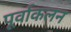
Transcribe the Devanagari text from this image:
पूर्वाकलन